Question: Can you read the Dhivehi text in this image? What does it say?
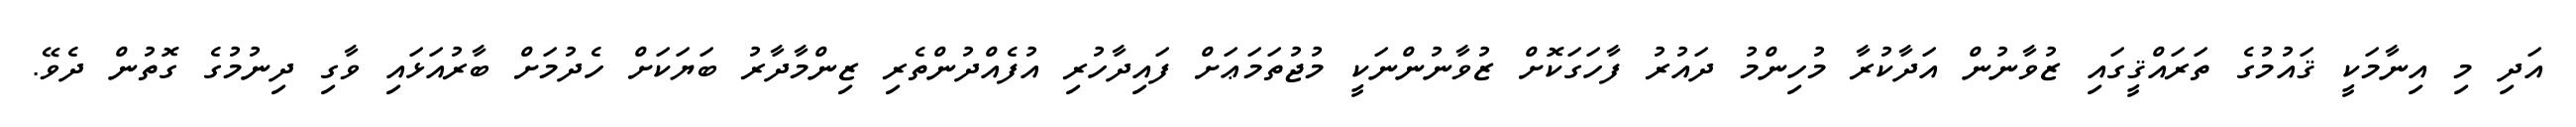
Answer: އަދި މި އިނާމަކީ ޤައުމުގެ ތަރައްޤީގައި ޒުވާނުން އަދާކުރާ މުހިންމު ދައުރު ފާހަގަކޮށް ޒުވާނުންނަކީ މުޖުތަމަޢަށް ފައިދާހުރި އުފެއްދުންތެރި ޒިންމާދާރު ބަޔަކަށް ހެދުމަށް ބާރުއަޅައި ވާގި ދިނުމުގެ ގޮތުން ދެވޭ.